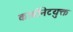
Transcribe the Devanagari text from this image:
कार्बोनेटयुक्त